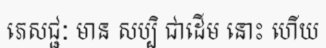
ភេសជ្ជៈ មាន សប្បិ ជាដើម នោះ ហើយ